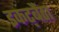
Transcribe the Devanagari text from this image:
इकट्बैंठा